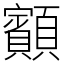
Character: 顮